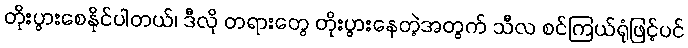
တိုးပွားစေနိုင်ပါတယ်၊ ဒီလို တရားတွေ တိုးပွားနေတဲ့အတွက် သီလ စင်ကြယ်ရုံဖြင့်ပင်